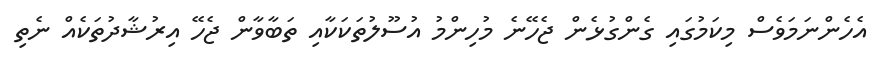
އެހެންނަމަވެސް މިކަމުގައި ގެންގުޅެން ޖެހޭނެ މުހިންމު އުސޫލުތަކަކާއި ތަބާވާން ޖެހޭ އިރުޝާދުތަކެއް ނެތި